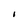
Character: I